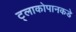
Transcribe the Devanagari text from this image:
ट्लाकोपानकडे